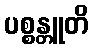
ပစ္စန္တူတိ